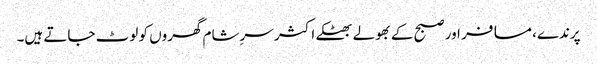
پرندے، مسافر اور صبح کے بھولے بھٹکے اکثر سرِشام گھروں کو لوٹ جاتے ہیں۔